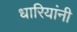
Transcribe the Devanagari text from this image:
धारियांनी